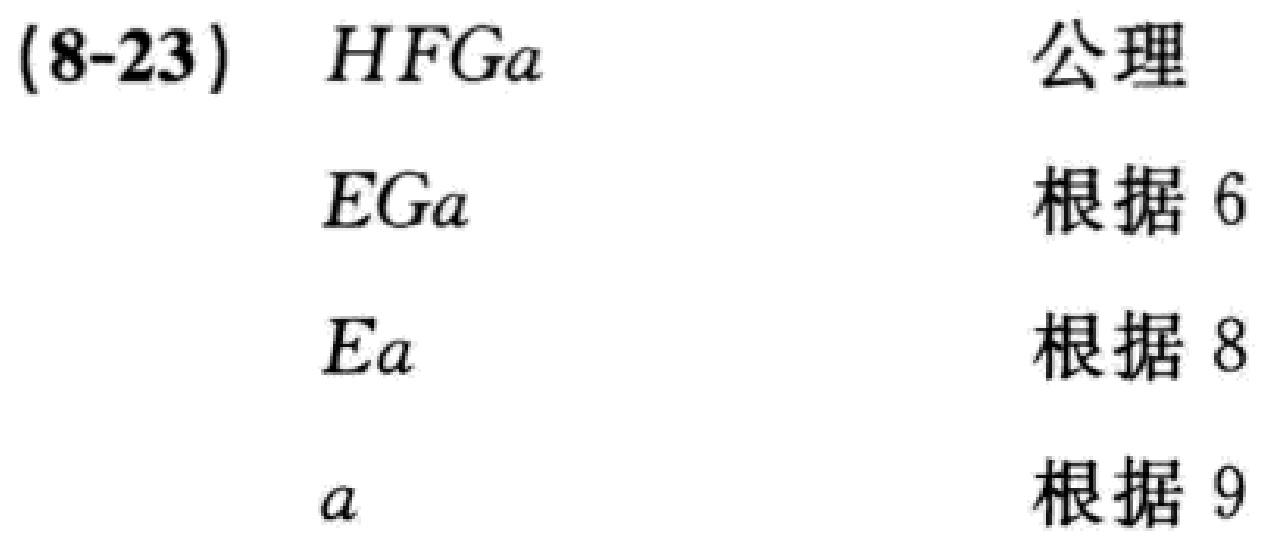
\begin{align*}

(8 - 23) &\quad HFGa & \text{公理}\\

&\quad EGa & \text{根据 6}\\

&\quad Ea & \text{根据 8}\\

&\quad a & \text{根据 9}

\end{align*}